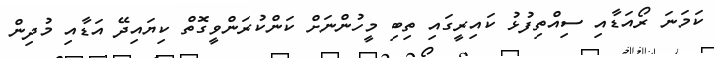
ކަމަނަ ރޯއަޑާއި ސިއްތިފުޅު ކައިރީގައި ތިބި މީހުންނަށް ކަންކުރަންވީގޮތް ކިޔައިދޭ އަޑާއި މުދިން